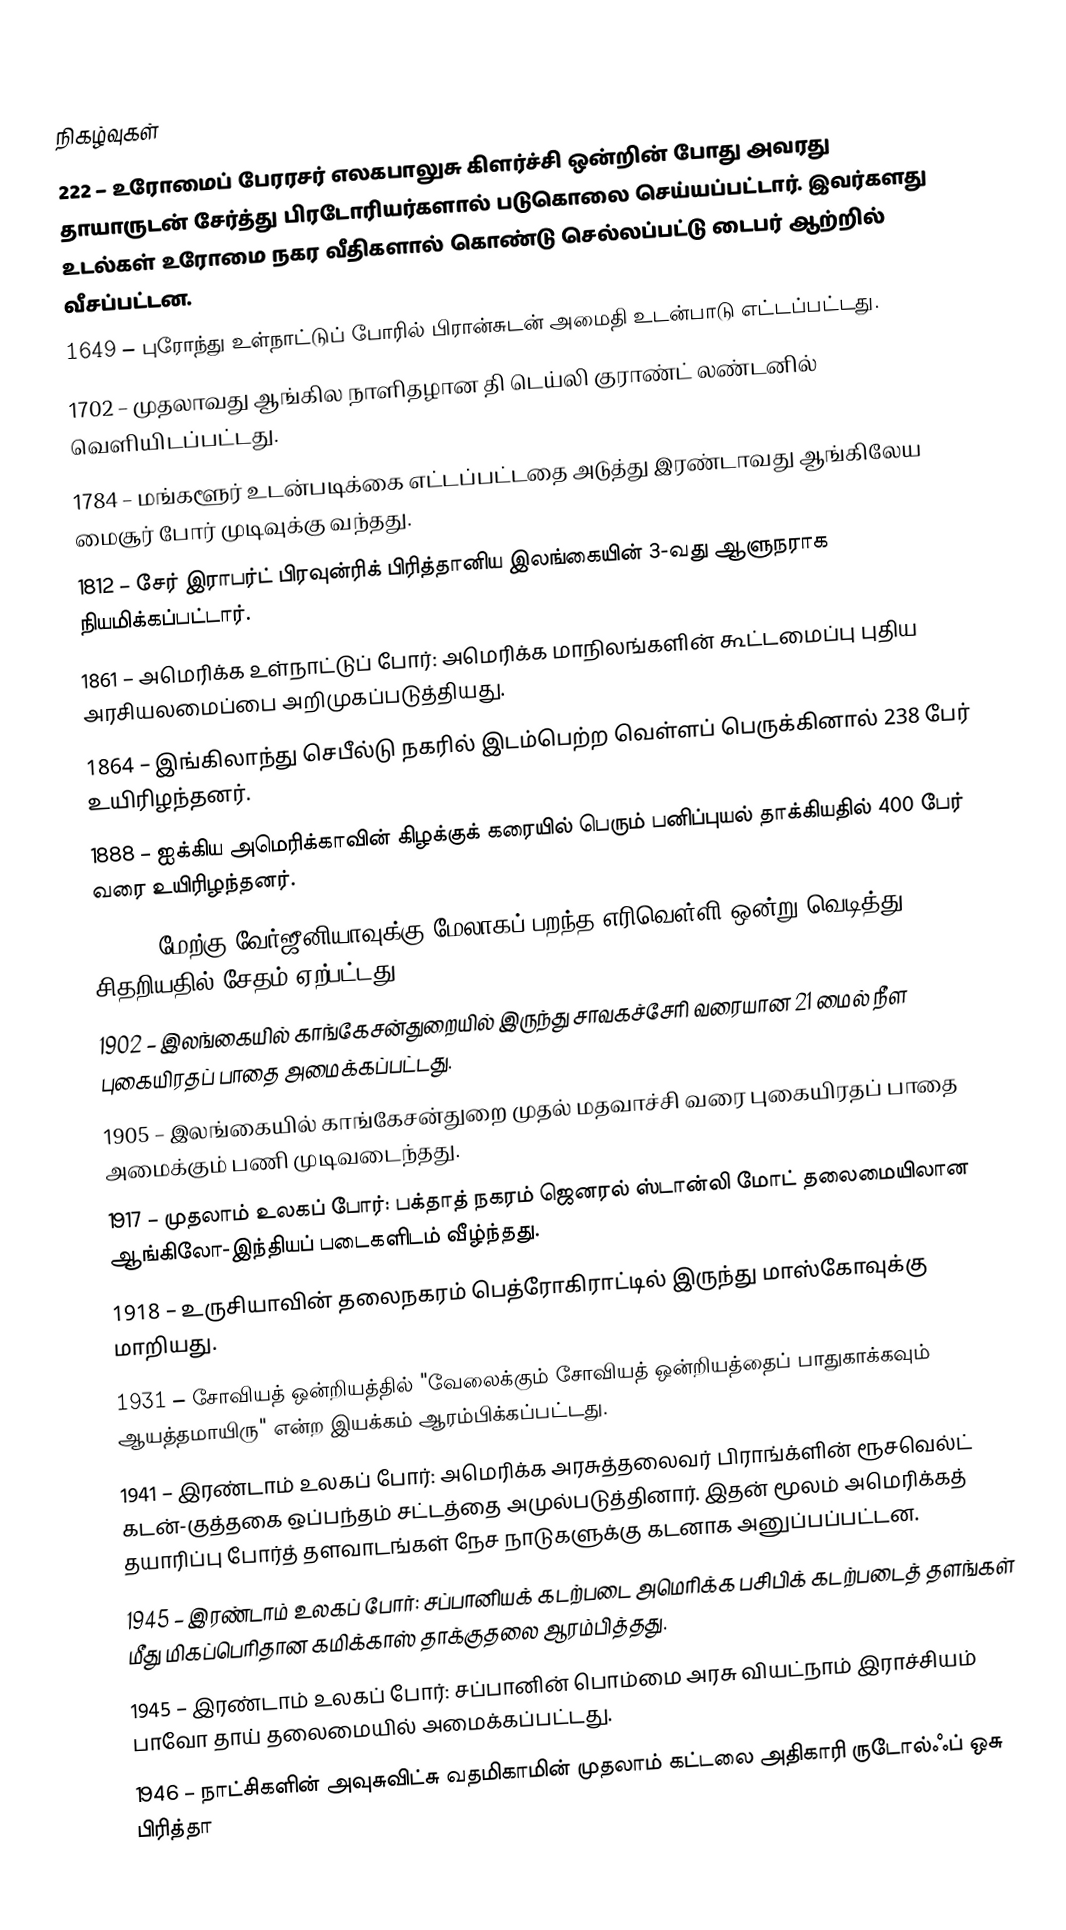

நிகழ்வுகள்
 222 – உரோமைப் பேரரசர் எலகபாலுசு கிளர்ச்சி ஒன்றின் போது அவரது தாயாருடன் சேர்த்து பிரடோரியர்களால் படுகொலை செய்யப்பட்டார். இவர்களது உடல்கள் உரோமை நகர வீதிகளால் கொண்டு செல்லப்பட்டு டைபர் ஆற்றில் வீசப்பட்டன.
1649 – புரோந்து உள்நாட்டுப் போரில் பிரான்சுடன் அமைதி உடன்பாடு எட்டப்பட்டது.
1702 – முதலாவது ஆங்கில நாளிதழான தி டெய்லி குராண்ட் லண்டனில் வெளியிடப்பட்டது.
1784 – மங்களூர் உடன்படிக்கை எட்டப்பட்டதை அடுத்து இரண்டாவது ஆங்கிலேய மைசூர் போர் முடிவுக்கு வந்தது.
1812 – சேர் இராபர்ட் பிரவுன்ரிக் பிரித்தானிய இலங்கையின் 3-வது ஆளுநராக நியமிக்கப்பட்டார்.
1861 – அமெரிக்க உள்நாட்டுப் போர்: அமெரிக்க மாநிலங்களின் கூட்டமைப்பு புதிய அரசியலமைப்பை அறிமுகப்படுத்தியது.
1864 – இங்கிலாந்து செபீல்டு நகரில் இடம்பெற்ற வெள்ளப் பெருக்கினால் 238 பேர் உயிரிழந்தனர்.
1888 – ஐக்கிய அமெரிக்காவின் கிழக்குக் கரையில் பெரும் பனிப்புயல் தாக்கியதில் 400 பேர் வரை உயிரிழந்தனர்.
1897 – மேற்கு வேர்ஜீனியாவுக்கு மேலாகப் பறந்த எரிவெள்ளி ஒன்று வெடித்து சிதறியதில் சேதம் ஏற்பட்டது.
1902 – இலங்கையில் காங்கேசன்துறையில் இருந்து சாவகச்சேரி வரையான 21 மைல் நீள புகையிரதப் பாதை அமைக்கப்பட்டது.
1905 – இலங்கையில் காங்கேசன்துறை முதல் மதவாச்சி வரை புகையிரதப் பாதை அமைக்கும் பணி முடிவடைந்தது.
1917 – முதலாம் உலகப் போர்: பக்தாத் நகரம் ஜெனரல் ஸ்டான்லி மோட் தலைமையிலான ஆங்கிலோ-இந்தியப் படைகளிடம் வீழ்ந்தது.
1918 – உருசியாவின் தலைநகரம் பெத்ரோகிராட்டில் இருந்து மாஸ்கோவுக்கு மாறியது.
1931 – சோவியத் ஒன்றியத்தில் "வேலைக்கும் சோவியத் ஒன்றியத்தைப் பாதுகாக்கவும் ஆயத்தமாயிரு" என்ற இயக்கம் ஆரம்பிக்கப்பட்டது.
1941 – இரண்டாம் உலகப் போர்: அமெரிக்க அரசுத்தலைவர் பிராங்க்ளின் ரூசவெல்ட் கடன்-குத்தகை ஒப்பந்தம் சட்டத்தை அமுல்படுத்தினார். இதன் மூலம் அமெரிக்கத் தயாரிப்பு போர்த் தளவாடங்கள் நேச நாடுகளுக்கு கடனாக அனுப்பப்பட்டன.
1945 – இரண்டாம் உலகப் போர்: சப்பானியக் கடற்படை அமெரிக்க பசிபிக் கடற்படைத் தளங்கள் மீது மிகப்பெரிதான கமிக்காஸ் தாக்குதலை ஆரம்பித்தது.
1945 – இரண்டாம் உலகப் போர்: சப்பானின் பொம்மை அரசு வியட்நாம் இராச்சியம் பாவோ தாய் தலைமையில் அமைக்கப்பட்டது.
1946 – நாட்சிகளின் அவுசுவிட்சு வதமிகாமின் முதலாம் கட்டலை அதிகாரி ருடோல்ஃப் ஒசு பிரித்தா